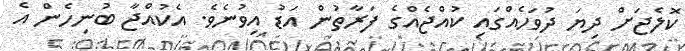
ކޮލެޖަށް ދިޔަ ދުވަހެއްގައި ކުއްޖެއްގެ ފަރާތުން އަޑު އިވުނެވެ. އެކުއްޖާ ބުނިހެން އެ